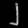
Digit: ၂